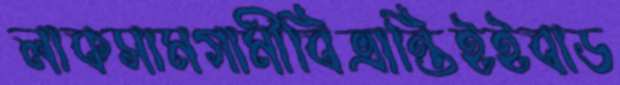
লাকসামগামীবিভ্রান্তিইইবাড